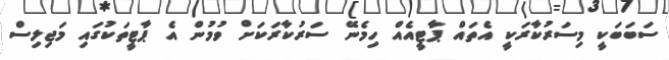
ސަބަބަކީ މިސަރުކާރަކީ އެތައް ޕާޓީއެއް ހިމެނޭ ސަރުކާރަކަށް ވުމުން އެ ޕާޓީތަކުގައި މަޖިލިސް